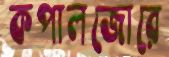
কপালজোরে